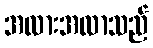
အလားအလာသည်